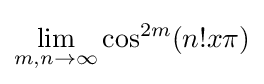
\lim _{m,n\rightarrow \infty }\cos ^{2m}(n!x\pi )